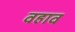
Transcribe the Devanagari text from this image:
वहाव